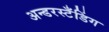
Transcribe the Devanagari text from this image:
अन्डरस्टँडिंग